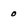
Character: 0